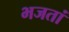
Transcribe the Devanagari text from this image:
भजतां